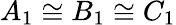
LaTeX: A_{1}\cong B_{1}\cong C_{1}